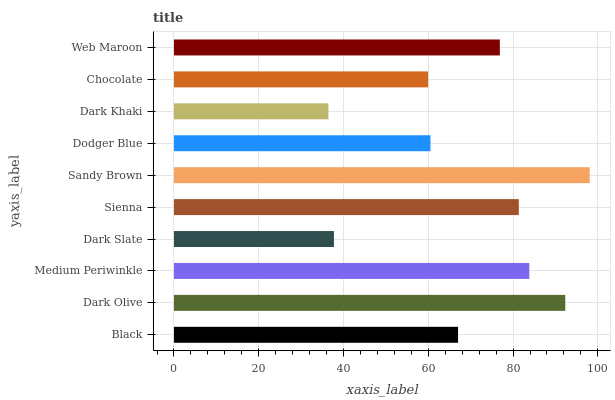
| yaxis_label | bars |
 | --- | --- |
 | Black | 67 |
 | Dark Olive | 92.3 |
 | Medium Periwinkle | 83.8 |
 | Dark Slate | 37.7 |
 | Sienna | 81.4 |
 | Sandy Brown | 98.1 |
 | Dodger Blue | 60.5 |
 | Dark Khaki | 36.4 |
 | Chocolate | 60 |
 | Web Maroon | 76.9 |